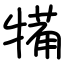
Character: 犕